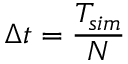
\Delta t = \frac { T _ { s i m } } { N }